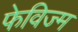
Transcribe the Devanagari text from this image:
फेविज्म